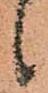
候